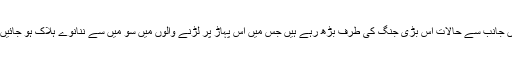
دونوں جانب سے حالات اس بڑی جنگ کی طرف بڑھ رہے ہیں جس میں اس پہاڑ پر لڑنے والوں میں سو میں سے ننانوے ہلاک ہو جائیں گے۔